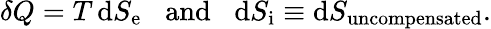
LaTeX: \delta Q=T\, \mathrm{d}S_{\mathrm{e}}\, \, \, \, \, {\mathrm{and}}\, \, \, \, \, \mathrm{d}S_{\mathrm{i}}\equiv\mathrm{d}S_{\mathrm{uncompensated}}.